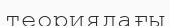
теориядағы